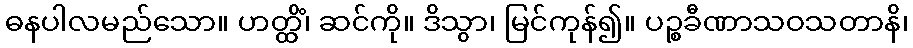
ဓနပါလမည်သော။ ဟတ္ထိံ၊ ဆင်ကို။ ဒိသွာ၊ မြင်ကုန်၍။ ပဉ္စခီဏာသဝသတာနိ၊